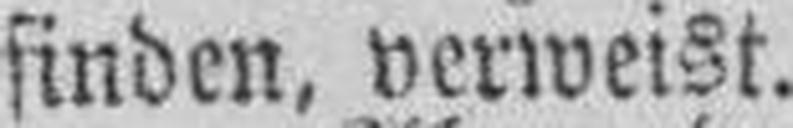
finden, verweist.